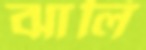
ঝালি